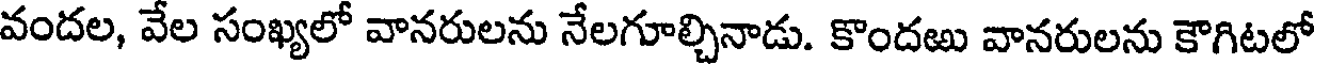
వందల, వేల సంఖ్యలో వానరులను నేలగూల్చినాడు. కొందఱు వానరులను కౌగిటలో